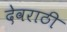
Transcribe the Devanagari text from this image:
देवराठी